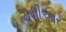
મનીઆર